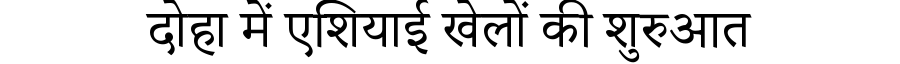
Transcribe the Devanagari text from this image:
दोहा में एशियाई खेलों की शुरुआत